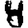
Digit: 4